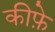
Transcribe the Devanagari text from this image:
कीफ़े